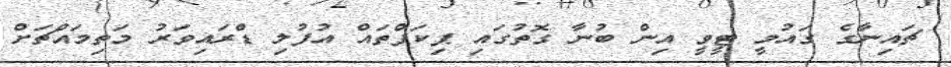
ޗައިނާގެ ގައުމީ ޓީވީ އިން ބުނާ ގޮތުގައި ޕިކަޕްތައް އުފުލި ޑްރައިވަރު މަތިމައްޗަށް